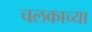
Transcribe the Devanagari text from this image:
चलकाच्या